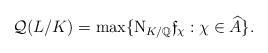
LaTeX: \begin{align*}\mathcal{Q}(L/K) =\max\{\mathrm{N}_{K/\mathbb{Q}}\mathfrak{f}_{\chi}:\chi\in\widehat{A}\}.\end{align*}